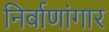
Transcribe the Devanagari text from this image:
निर्वाणांगार